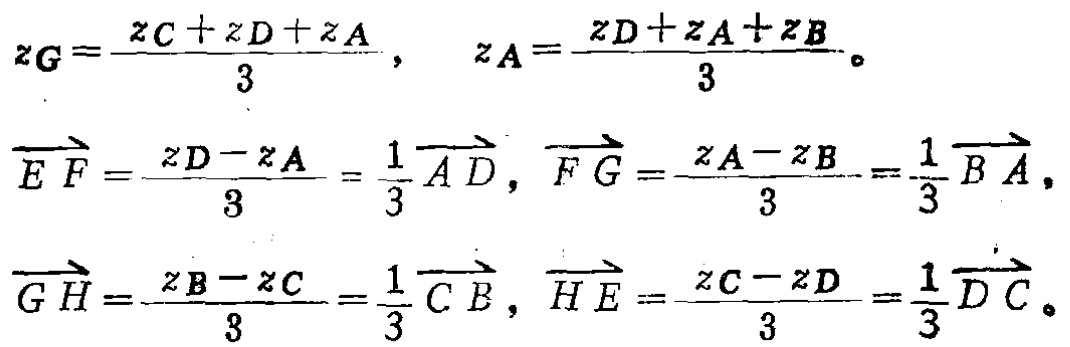
\[
z_{G}=\frac{z_{C}+z_{D}+z_{A}}{3}, \quad z_{A}=\frac{z_{D}+z_{A}+z_{B}}{3}。
\]
\[
\overrightarrow{E F}=\frac{z_{D}-z_{A}}{3}=\frac{1}{3} \overrightarrow{A D}, \overrightarrow{F G}=\frac{z_{A}-z_{B}}{3}=\frac{1}{3} \overrightarrow{B A},
\]
\[
\overrightarrow{G H}=\frac{z_{B}-z_{C}}{3}=\frac{1}{3} \overrightarrow{C B}, \overrightarrow{H E}=\frac{z_{C}-z_{D}}{3}=\frac{1}{3} \overrightarrow{D C}。
\]